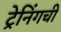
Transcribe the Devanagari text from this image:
ट्रेनिंगची